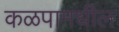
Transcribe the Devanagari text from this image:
कळपामधील